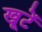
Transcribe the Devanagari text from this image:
खूटें